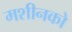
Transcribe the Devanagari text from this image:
मशीनको